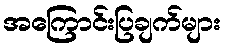
အကြောင်းပြချက်များ